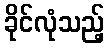
ခိုင်လုံသည့်